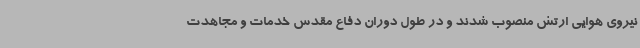
نیروی هوایی ارتش منصوب شدند و در طول دوران دفاع مقدس خدمات و مجاهدت